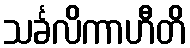
သင်္ခလိကာဟီတိ